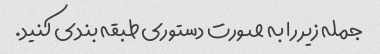
جمله زیر را به صورت دستوری طبقه بندی کنید.